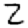
Digit: 2